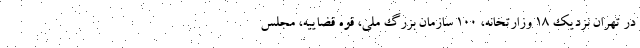
در تهران نزدیک ۱۸ وزارتخانه، ۱۰۰ سازمان بزرگ ملی، قوه قضاییه، مجلس